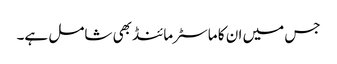
جس میں ان کا ماسٹرمائنڈ بھی شامل ہے۔